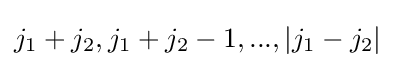
j_{1}+j_{2},j_{1}+j_{2}-1,...,|j_{1}-j_{2}|